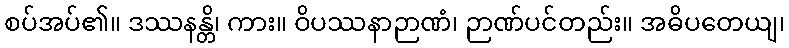
စပ်အပ်၏။ ဒဿနန္တိ၊ ကား။ ဝိပဿနာဉာဏံ၊ ဉာဏ်ပင်တည်း။ အဓိပတေယျ၊